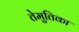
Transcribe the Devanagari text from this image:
तेमुतिका